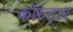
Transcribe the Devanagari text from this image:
कोस्टार